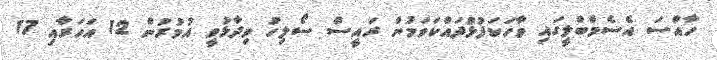
ހާއްސަ އެސެމްބްލީގައި ވާހަކަފުޅުދައްކަވަމުން ރައީސް ސޯލިހު ވިދާޅުވީ އުމުރުން 12 އަހަރާއި 17